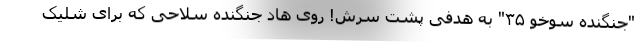
"جنگنده سوخو ۳۵" به هدفی پشت سرش! روی هاد جنگنده سلاحی که برای شلیک